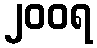
၂၀၀ရ